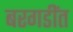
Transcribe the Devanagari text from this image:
बरगडींत